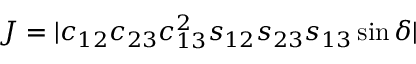
J = | c _ { 1 2 } c _ { 2 3 } c _ { 1 3 } ^ { 2 } s _ { 1 2 } s _ { 2 3 } s _ { 1 3 } \sin \delta |